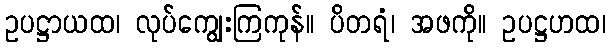
ဥပဋ္ဌာယထ၊ လုပ်ကျွေးကြကုန်။ ပိတရံ၊ အဖကို။ ဥပဋ္ဌဟထ၊